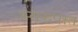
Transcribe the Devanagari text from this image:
स्‍वरुपात